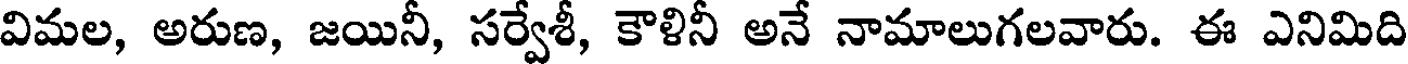
విమల, అరుణ, జయినీ, సర్వేశీ, కౌళినీ అనే నామాలుగలవారు. ఈ ఎనిమిది